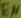
Text: EN